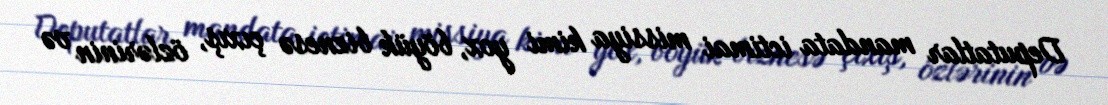
Deputatlar mandata ictimai missiya kimi yox, böyük biznesə çıxış, özlərinin və